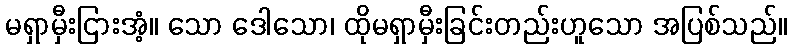
မရှာမှီးငြားအံ့။ သော ဒေါသော၊ ထိုမရှာမှီးခြင်းတည်းဟူသော အပြစ်သည်။